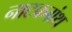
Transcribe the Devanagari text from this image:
नाटकग्रंथ